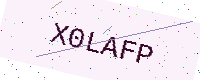
Text: X0LAFP